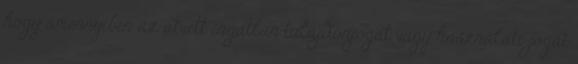
hogy amennyiben az átvett ingatlan tulajdonjogát vagy használati jogát